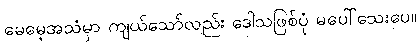
မေမေ့အသံမှာ ကျယ်သော်လည်း ဒေါသဖြစ်ပုံ မပေါ်သေးပေ။